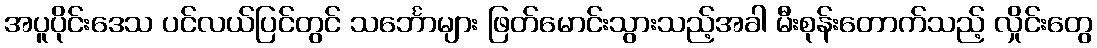
အပူပိုင်းဒေသ ပင်လယ်ပြင်တွင် သင်္ဘောများ ဖြတ်မောင်းသွားသည့်အခါ မီးစုန်းတောက်သည့် လှိုင်းတွေ